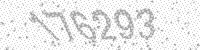
Solution: 176293